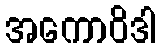
အကောဝိဒါ